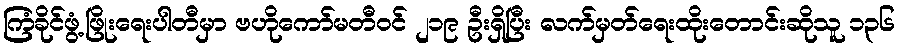
ကြံခိုင်ဖွံ့ဖြိုးရေးပါတီမှာ ဗဟိုကော်မတီဝင် ၂၁၉ ဦးရှိပြီး လက်မှတ်ရေးထိုးတောင်းဆိုသူ ၁၃၆